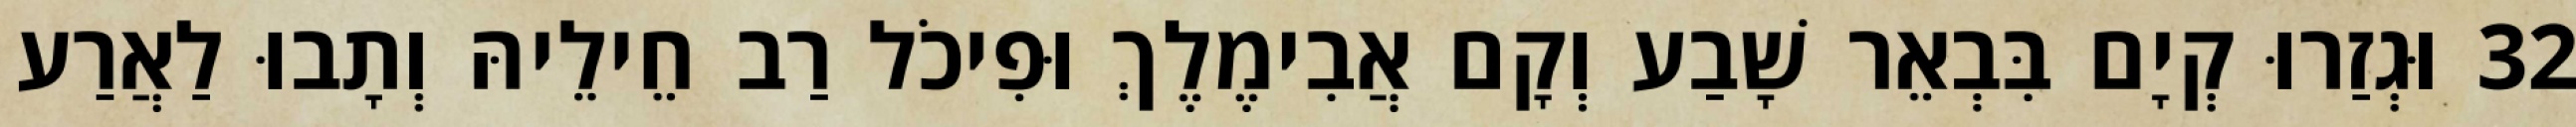
32 וּגְזַרוּ קְיָם בִּבְאֵר שָׁבַע וְקָם אֲבִימֶלֶךְ וּפִיכֹל רַב חֵילֵיהּ וְתָבוּ לַאֲרַע